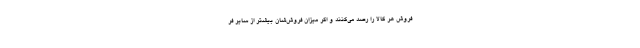
فروش هر کالا را رصد می‌کنند و اگر میزان فروش‌شان بیشتر از سایر فر